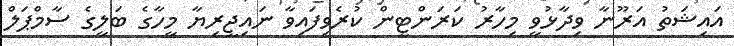
އައިޝަތު އަރޫނާ ވިދާޅުވީ މިހާރު ކަރަންޓީން ކުރެވިފައިވާ ނައިޖީރިޔާ މީހާގެ ބަލީގެ ސާމްޕަލް